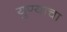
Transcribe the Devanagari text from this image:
युण्याचा